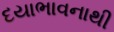
દયાભાવનાથી